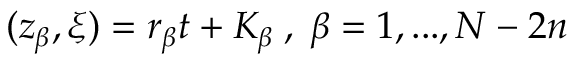
( z _ { \beta } , \xi ) = r _ { \beta } t + K _ { \beta } \; , \; \beta = 1 , . . . , N - 2 n